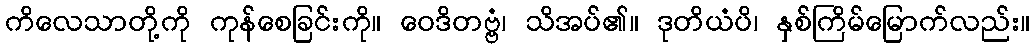
ကိလေသာတို့ကို ကုန်စေခြင်းကို။ ဝေဒိတဗ္ဗံ၊ သိအပ်၏။ ဒုတိယံပိ၊ နှစ်ကြိမ်မြောက်လည်း။